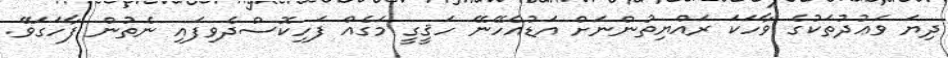
ދިޔަ ވަޢުދުތަކުގެ ވާހަކަ ރައްޔިތުންނަށް އަޑުއެހޭނޭ ހަޤީގީ މަގެއް ފަހިކޮސްދެވިފައި ނެތުން ފާހަގަވޭ.